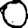
Digit: 0